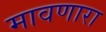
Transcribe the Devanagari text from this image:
मावणारा